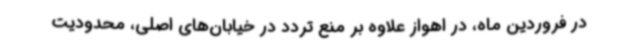
در فروردین ماه، در اهواز علاوه بر منع تردد در خیابان‌های اصلی، محدودیت